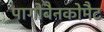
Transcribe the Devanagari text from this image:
पागोबैनकोमैट